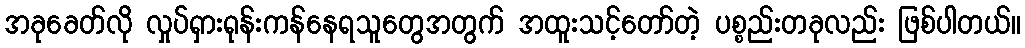
အခုခေတ်လို လှုပ်ရှားရုန်းကန်နေရသူတွေအတွက် အထူးသင့်တော်တဲ့ ပစ္စည်းတခုလည်း ဖြစ်ပါတယ်။